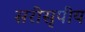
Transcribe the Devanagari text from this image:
सरीसृपीय